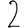
Digit: 2